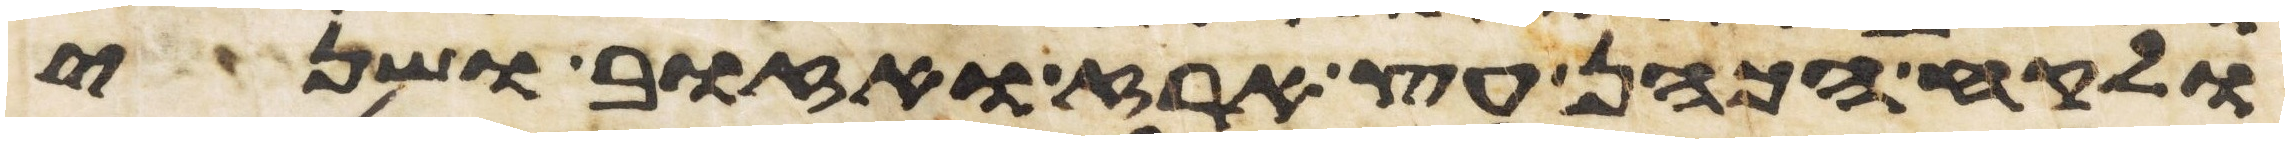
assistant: ולקח הכהן עץ ארז ואזוב ושני